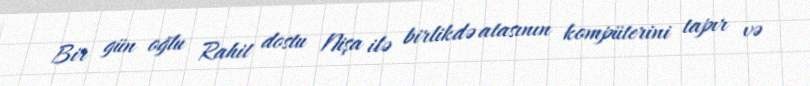
Bir gün oğlu Rahit dostu Nişa ilə birlikdə atasının kompüterini tapır və